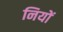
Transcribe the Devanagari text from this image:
नियों